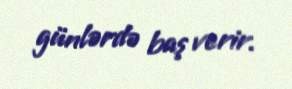
günlərdə baş verir.